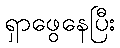
ရှာဖွေနေပြီး